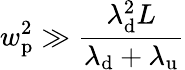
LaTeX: w_{\mathrm{p}}^{2}\gg\frac{\lambda_{\mathrm{d}}^{2}L}{\lambda_{\mathrm{d}}+\lambda_{\mathrm{u}}}